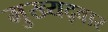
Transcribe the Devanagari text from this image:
मुख्‍यद्वार